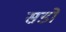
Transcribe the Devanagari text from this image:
सडो